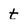
Character: t